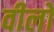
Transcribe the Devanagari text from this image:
वीलो